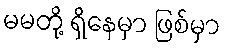
မမတို့ ရှိနေမှာ ဖြစ်မှာ